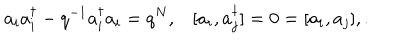
a _ { i } a _ { i } ^ { \dagger } - q ^ { - 1 } a _ { i } ^ { \dagger } a _ { i } = q ^ { N } , [ a _ { i } , a _ { j } ^ { \dagger } ] = 0 = [ a _ { i } , a _ { j } ] , .